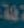
فلة